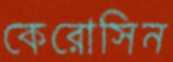
কেরোসিন